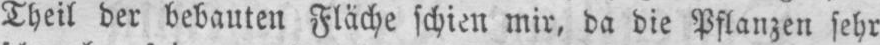
Theil der bebauten Fläche schien mir, da die Pflanzen sehr